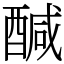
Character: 醎